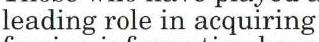
leading role in acquiring